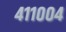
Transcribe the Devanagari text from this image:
४११००४